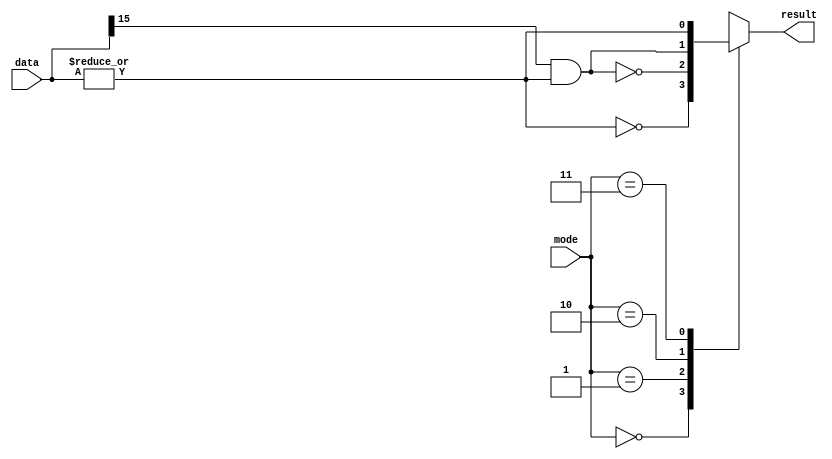
// Compare logic

module comparelogic
(
	input		[15:0]		data,
	input		[1:0]			mode,
	output	reg			result
);

always @(data or mode)
begin
	case (mode)
		0: result = ~( | data ); // ==
		1: result = ~( data[15] && ( | data )); // >
		2: result = ( data[15] && ( | data )); // <
		3: result = ( | data ); // !=
		default: $display("Error in CompareLogic Case");
	endcase
end

endmodule